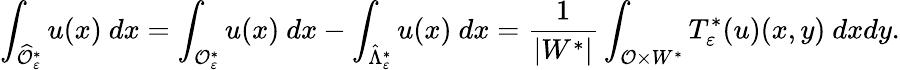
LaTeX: \int_{\widehat{{\mathcal{O}}}_{\varepsilon}^{*}}u(x)\ dx=\int_{{\mathcal{O}}_{\varepsilon}^{*}}u(x)\ dx-\int_{\hat{\Lambda}_{\varepsilon}^{*}}u(x)\ dx=\frac{1}{|W^{*}|}\int_{{\mathcal{O}}\times W^{*}}T_{\varepsilon}^{*}(u)(x,y)\ dxdy.